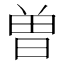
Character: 曽